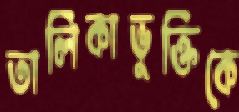
তালিকাভুক্তিকে